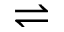
\rightleftharpoons